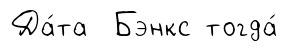
Да́та Бэнкс тогда́